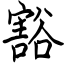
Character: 豁